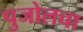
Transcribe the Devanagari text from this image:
पुजोलचा